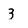
Character: 3